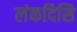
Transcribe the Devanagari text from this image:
लंकदिसि